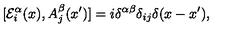
[ { \cal E } _ { i } ^ { \alpha } ( x ) , A _ { j } ^ { \beta } ( x ^ { \prime } ) ] = i \delta ^ { \alpha \beta } \delta _ { i j } \delta ( x - x ^ { \prime } ) ,